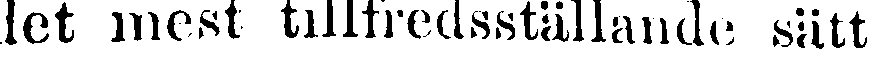
det mest tillfredsställande sätt